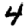
Digit: 4